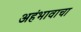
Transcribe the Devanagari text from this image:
अहंभावाचा